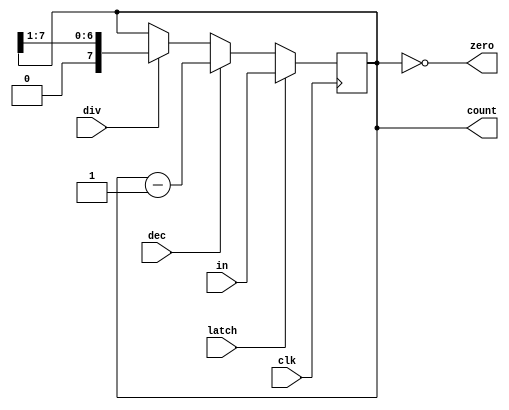
`timescale 1ns / 1ps
//////////////////////////////////////////////////////////////////////////////////
// Company: 
// Engineer: 
// 
// Design Name: 
// Module Name: downcounter
// Project Name: 
// Target Devices: 
// Tool Versions: 
// Description: 
// 
// Dependencies: 
// 
// Revision:
// Revision 0.01 - File Created
// Additional Comments:
// 
//////////////////////////////////////////////////////////////////////////////////

module downcounter(
    // Inputs
    in,
    clk,
    latch,
    dec,
    div,
    // Outputs
    count,
    zero
);

// Inputs
input   wire    [7:0]   in;
input   wire            clk;
input   wire            latch;
input   wire            dec;
input   wire            div;
// Outputs
output  wire            zero;
// Internal
output  reg     [7:0]   count;

always @(posedge clk)
begin
    if(latch)
        count <= in;
    else if(dec)
        count <= count - 1;
    else if(div)
        count <= count >> 1;
end

assign zero = (count == 0);

endmodule